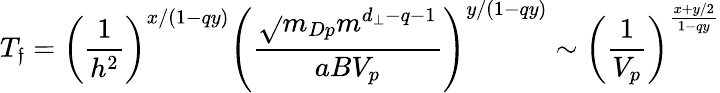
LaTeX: T_{\mathfrak{f}}=\left(\frac{{1}}{{h^{2}}}\right)^{x/(1-qy)}\left(\frac{{\sqrt{}{{m_{Dp}}}m^{d_{\perp}-q-1}}}{{aBV_{p}}}\right)^{y/(1-qy)}\sim\left(\frac{{1}}{{V_{p}}}\right)^{\frac{{x+y/2}}{{1-qy}}}